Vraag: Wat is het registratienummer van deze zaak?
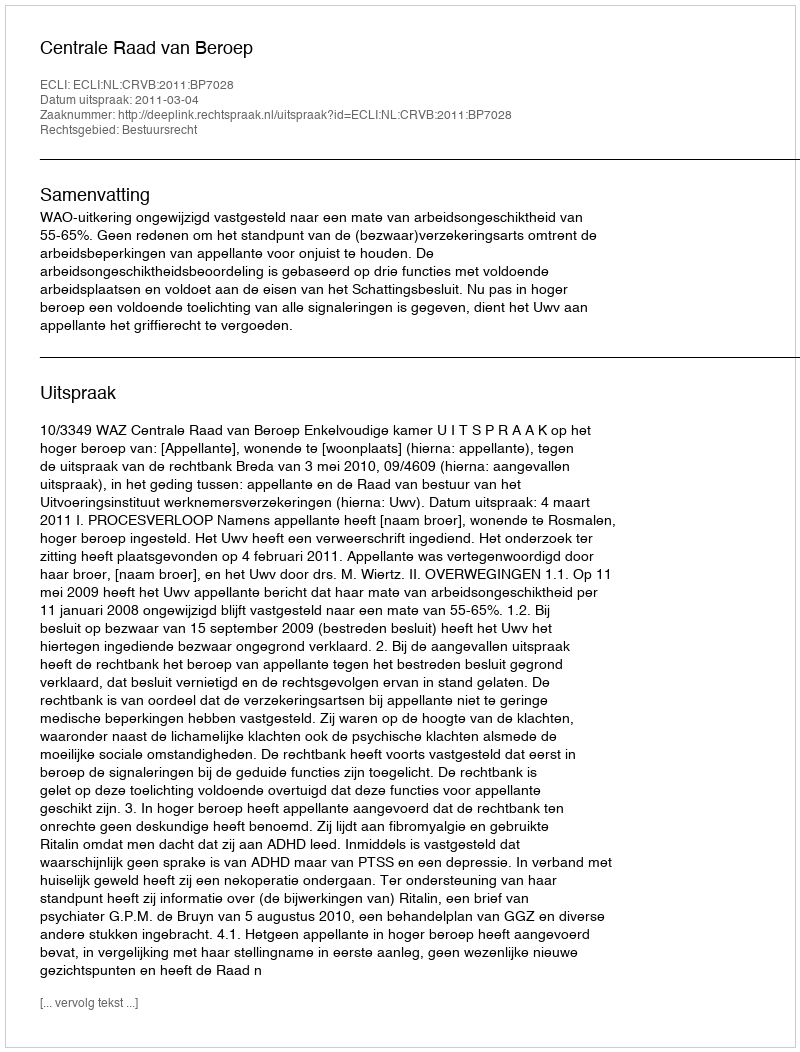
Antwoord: http://deeplink.rechtspraak.nl/uitspraak?id=ECLI:NL:CRVB:2011:BP7028